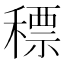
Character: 䅺